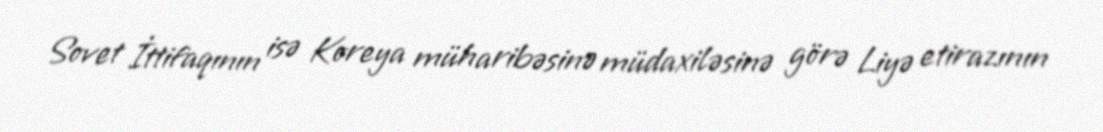
Sovet İttifaqının isə Koreya müharibəsinə müdaxiləsinə görə Liyə etirazının